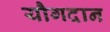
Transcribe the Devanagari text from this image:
यौगदान